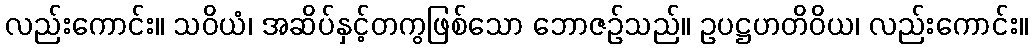
လည်းကောင်း။ သဝိယံ၊ အဆိပ်နှင့်တကွဖြစ်သော ဘောဇဉ်သည်။ ဥပဋ္ဌဟတိဝိယ၊ လည်းကောင်း။